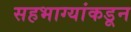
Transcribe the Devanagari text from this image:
सहभाग्यांकडून